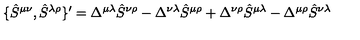
\{ \hat { S } ^ { \mu \nu } , \hat { S } ^ { \lambda \rho } \} ^ { \prime } = \Delta ^ { \mu \lambda } \hat { S } ^ { \nu \rho } - \Delta ^ { \nu \lambda } \hat { S } ^ { \mu \rho } + \Delta ^ { \nu \rho } \hat { S } ^ { \mu \lambda } - \Delta ^ { \mu \rho } \hat { S } ^ { \nu \lambda }